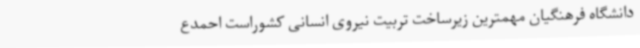
دانشگاه فرهنگیان مهمترین زیرساخت تربیت نیروی انسانی کشوراست احمدع